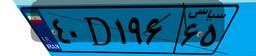
۹۵D۴۸۶۱۸